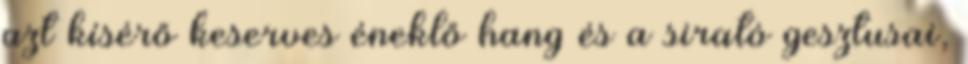
azt kísérő keserves éneklő hang és a sirató gesztusai,